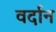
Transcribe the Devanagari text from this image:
वर्दान